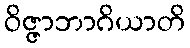
ဝိဇ္ဇာဘာဂိယာတိ